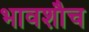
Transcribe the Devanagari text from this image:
भावशौच